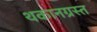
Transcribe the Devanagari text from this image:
थकानग्रस्त